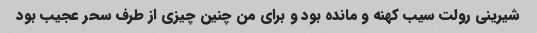
شیرینی رولت سیب کهنه و مانده بود و برای من چنین چیزی از طرف سحر عجیب بود